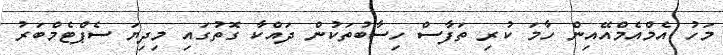
މަހު އެމްއެމްއޭއިން ހާމަ ކުރި ތަފާސް ހިސާބުތަކުން ދައްކާ ގޮތުގައި މިދިޔަ ސެޕްޓެމްބަރު